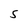
Character: S